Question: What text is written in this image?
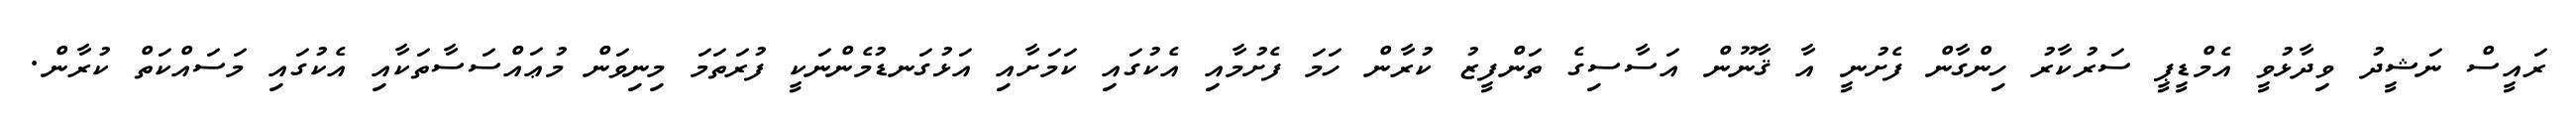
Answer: ރައީސް ނަޝީދު ވިދާޅުވީ އެމްޑީޕީ ސަރުކާރު ހިންގާން ފެށުނީ އާ ޤާނޫން އަސާސިގެ ތަންފީޒު ކުރާން ހަމަ ފެށުމާއި އެކުގައި ކަމަށާއި އަޅުގަނޑުމެންނަކީ ފުރަތަމަ މިނިވަން މުޢައްސަސާތަކާއި އެކުގައި މަސައްކަތް ކުރާން.